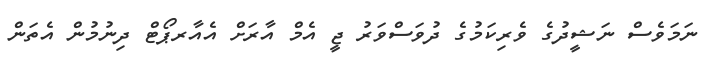
ނަމަވެސް ނަޝީދުގެ ވެރިކަމުގެ ދުވަސްވަރު ޖީ އެމް އާރަށް އެއާރޕޯޓް ދިނުމުން އެތަން